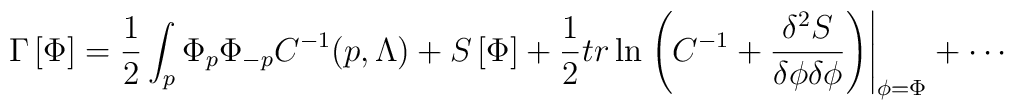
\Gamma \left[ \Phi \right] =\frac{1}{2}\int_{p}\Phi _{p}\Phi_{-p}C^{-1}(p,\Lambda )+S\left[ \Phi \right] +\frac{1}{2}{tr}\ln \left.\left( C^{-1}+\frac{\delta ^{2}S}{\delta \phi \delta \phi }\right) \right|_{\phi =\Phi }+\cdots